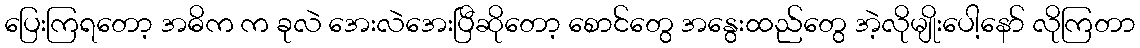
ပြေးကြရတော့ အဓိက က ခုလဲ အေးလဲအေးပြီဆိုတော့ စောင်တွေ အနွေးထည်တွေ အဲ့လိုမျိုးပေါ့နော် လိုကြတာ